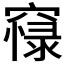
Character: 𥧴